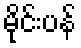
မိုင်းပန်